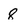
Character: 8